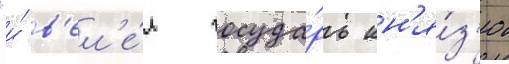
"и́ в'ел'е́л госуда́рь кн'я́з'ю